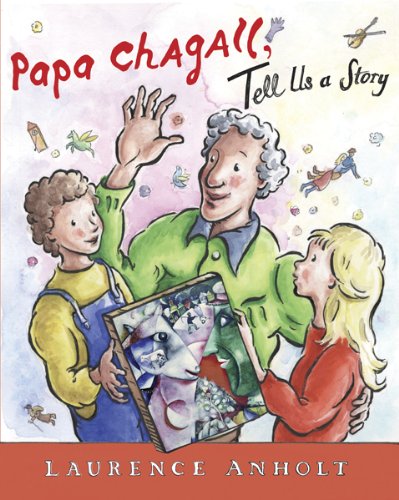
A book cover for Papa Chagall, Tell Us a Story; Laurence Anholt; Children's Books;